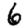
Digit: 6